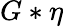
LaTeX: G*\eta